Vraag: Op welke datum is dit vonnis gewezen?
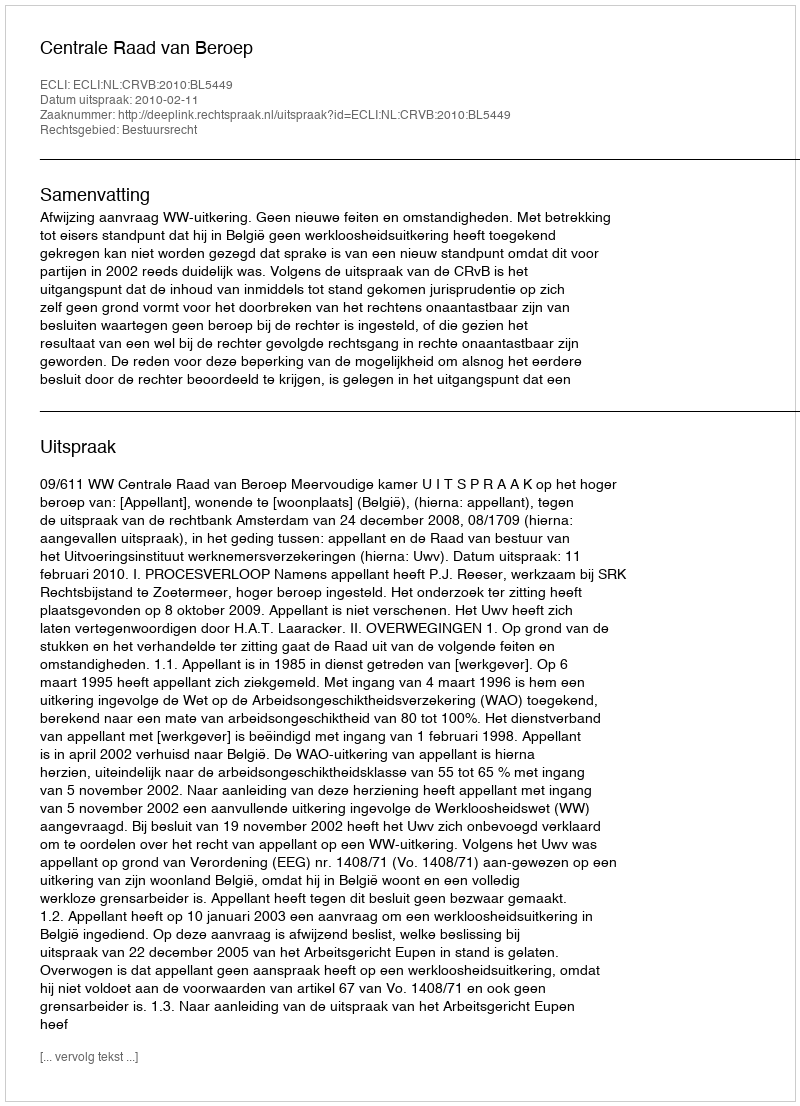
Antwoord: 2010-02-11